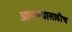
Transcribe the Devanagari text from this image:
आणण्यासाठीच